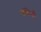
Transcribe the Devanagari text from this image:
ग्रंथियाँ।